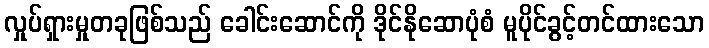
လှုပ်ရှားမှုတခုဖြစ်သည် ခေါင်းဆောင်ကို ဒိုင်နိုဆောပုံစံ မူပိုင်ခွင့်တင်ထားသော